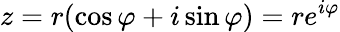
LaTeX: z=r(\cos\varphi+i\sin\varphi)=re^{i\varphi}